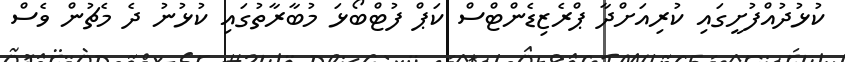
ކުޅުދުއްފުށީގައި ކުރިއަށްދާ ޕްރެޒިޑެންޓްސް ކަޕް ފުޓްބޯޅަ މުބާރާތުގައި ކުޅުނު ދެ މެޗުން ވެސް